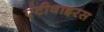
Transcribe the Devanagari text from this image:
एंटीवाइरस